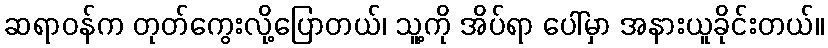
ဆရာဝန်က တုတ်ကွေးလို့ပြောတယ်၊ သူ့ကို အိပ်ရာ ပေါ်မှာ အနားယူခိုင်းတယ်။